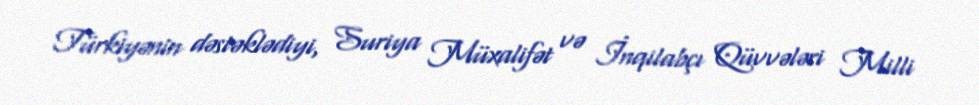
Türkiyənin dəstəklədiyi, Suriya Müxalifət və İnqilabçı Qüvvələri Milli